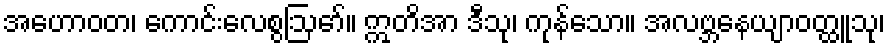
အဟောဝတ၊ ကောင်းလေစွဩော်။ ဣတိအာ ဒီသု၊ ကုန်သော။ အလဗ္ဘနေယျာဝတ္ထူသု၊